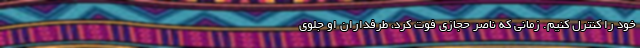
خود را کنترل کنیم. زمانی که ناصر حجازی فوت کرد، طرفداران او جلوی